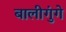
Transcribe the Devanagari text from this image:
बालीगुंगे